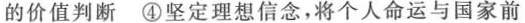
的价值判断 ④坚定理想信念，将个人命运与国家前